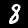
Digit: 8